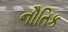
નૌતિક